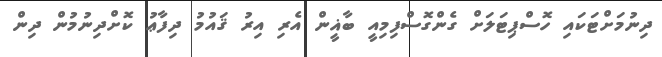
ދިނުމަށްޓަކައި ހޮސްޕިޓަލަށް ގެންގޮސްފިމިއީ ބާޣީން އެރި އިރު ޤައުމު ދިފާޢު ކޮށްދިނުމުން ދިން